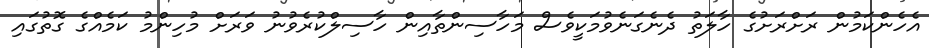
އެހެންކަމުން ރަށްރަށުގެ ހާލަތު ދެނެގަނެވުމަކީވެސް މަހާސިންތާއިން ހާސިލްކުރެވުނު ވަރަށް މުހިންމު ކަމެއްގެ ގޮތުގައި